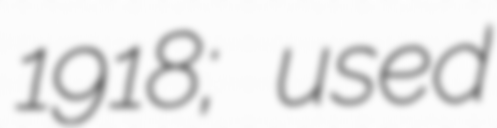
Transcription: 1918; used